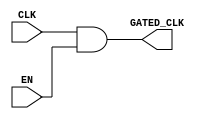
module clock_gating (
    input wire CLK,      // Main clock signal
    input wire EN,       // Enable signal for gating
    output wire GATED_CLK // Gated clock output
);

// Clock gating using AND gate
assign GATED_CLK = CLK & EN; // AND gate implementation

endmodule